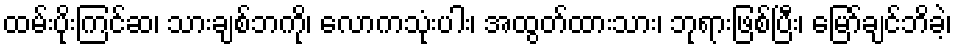
ထမ်းပိုးကြင်ဆ၊ သားချစ်ဘကို၊ လောကသုံးပါး၊ အထွတ်ထားသား၊ ဘုရားဖြစ်ပြီး၊ မြော်ချင်ဘိခဲ့၊